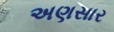
અણસાર